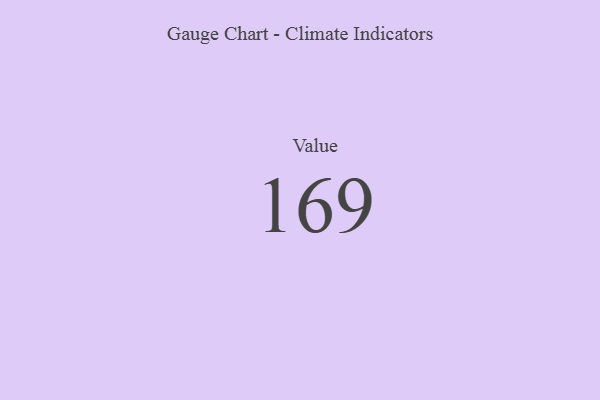
{"axis": {"x": "Metric", "y": "Value"}, "legend": [""], "data": [{"x": "Value", "y": 169, "type": ""}]}